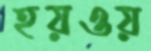
হয়ওয়